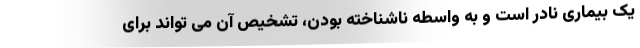
یک بیماری نادر است و به واسطه ناشناخته بودن، تشخیص آن می تواند برای